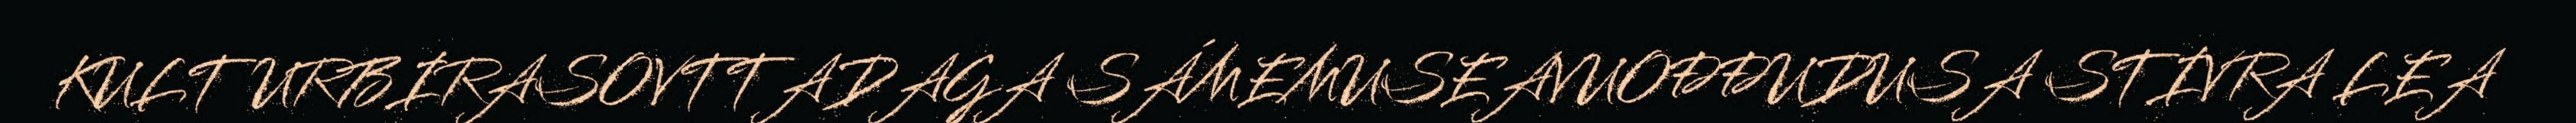
KULTURBIRASOVTTADAGA SÁMEMUSEAVUOĐĐUDUSA STIVRA LEA